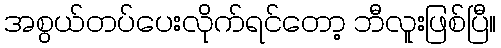
အစွယ်တပ်ပေးလိုက်ရင်တော့ ဘီလူးဖြစ်ပြီ။